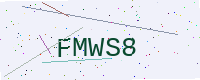
Text: FMWS8